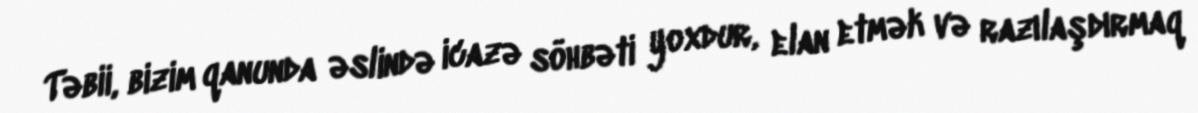
Təbii, bizim qanunda əslində icazə söhbəti yoxdur, elan etmək və razılaşdırmaq